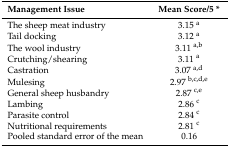
<table><thead><tr><td><b>Management Issue</b></td><td><b>Mean Score/5 *</b></td></tr></thead><tbody><tr><td>The sheep meat industry</td><td>3.15 <sup>a</sup></td></tr><tr><td>Tail docking</td><td>3.12 <sup>a</sup></td></tr><tr><td>The wool industry</td><td>3.11 <sup>a,b</sup></td></tr><tr><td>Crutching/shearing</td><td>3.11 <sup>a</sup></td></tr><tr><td>Castration</td><td>3.07 <sup>a,d</sup></td></tr><tr><td>Mulesing</td><td>2.97 <sup>b,c,d,e</sup></td></tr><tr><td>General sheep husbandry</td><td>2.87 <sup>c,e</sup></td></tr><tr><td>Lambing</td><td>2.86 <sup>c</sup></td></tr><tr><td>Parasite control</td><td>2.84 <sup>c</sup></td></tr><tr><td>Nutritional requirements</td><td>2.81 <sup>c</sup></td></tr><tr><td>Pooled standard error of the mean</td><td>0.16</td></tr></tbody></table>